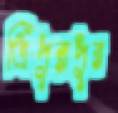
ত্রিপুরাপুর